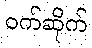
ဝက်ဆိုက်